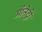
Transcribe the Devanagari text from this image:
मॉनेट्री